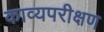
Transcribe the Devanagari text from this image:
काव्यपरीक्षण